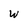
Character: W